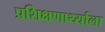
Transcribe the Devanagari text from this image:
प्रशिक्षणार्थ्याला